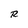
Character: R